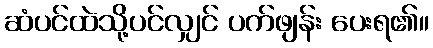
ဆံပင်ထဲသို့ပင်လျှင် ပက်ဖျန်း ပေးရ၏။